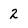
Character: 2